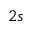
2 s